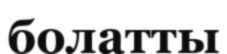
болатты